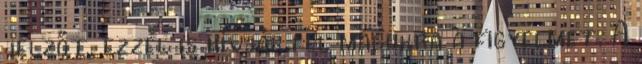
jelzőt, ezzel is hívják fel magukra a figyelmet. A